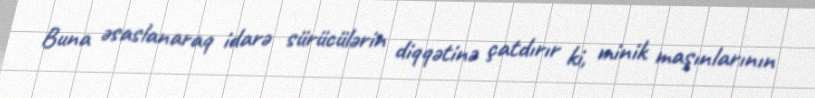
Buna əsaslanaraq idarə sürücülərin diqqətinə çatdırır ki, minik maşınlarının